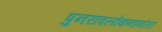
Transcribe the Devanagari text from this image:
पुनरावलोकनानंतर